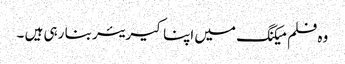
وہ فلم میکنگ میں اپنا کیریئر بنا رہی ہیں ۔